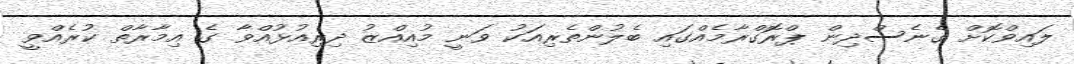
ލައިވްކޮށް ގެނެސްދިން ޕްރޮގްރާމެއްގައި ބެލުންތެރިއަކު ވަނީ މުއިއްޒު ދިރިއުޅުއްވާ ގެ އިމާރާތް ކުރެއްވީ